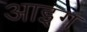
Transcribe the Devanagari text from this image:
आइग